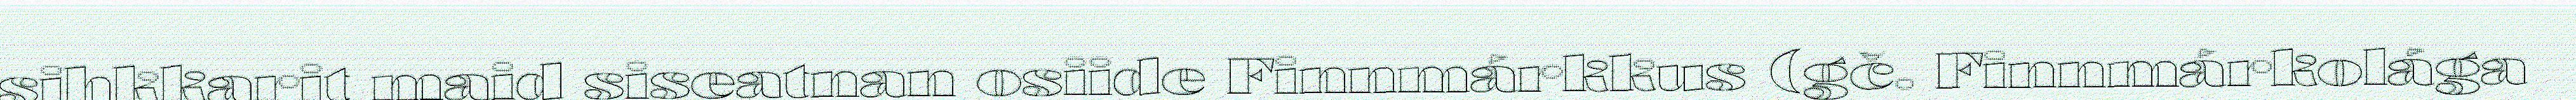
sihkkarit maid siseatnan osiide Finnmárkkus (gč. Finnmárkolága